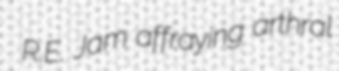
R.E. Jam affraying arthral